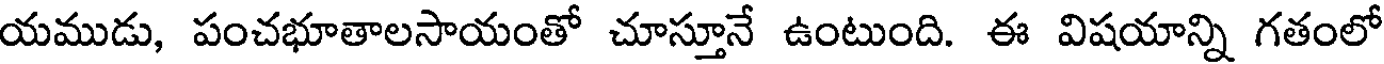
యముడు, పంచభూతాలసాయంతో చూస్తూనే ఉంటుంది. ఈ విషయాన్ని గతంలో